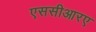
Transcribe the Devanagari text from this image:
एससीआरए